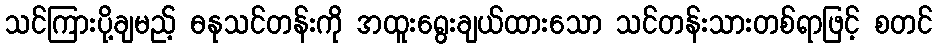
သင်ကြားပို့ချမည့် ဓနုသင်တန်းကို အထူးရွေးချယ်ထားသော သင်တန်းသားတစ်ရာဖြင့် စတင်